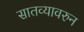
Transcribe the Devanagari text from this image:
सातव्यावरुन